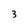
Character: 3